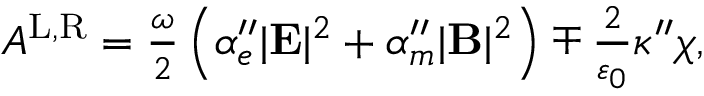
\begin{array} { r } { A ^ { \mathrm { L } , \mathrm { R } } = \frac { \omega } { 2 } \left( \alpha _ { e } ^ { \prime \prime } | \mathbf { E } | ^ { 2 } + \alpha _ { m } ^ { \prime \prime } | \mathbf { B } | ^ { 2 } \right) \mp \frac { 2 } { \varepsilon _ { 0 } } \kappa ^ { \prime \prime } \chi , } \end{array}